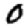
Digit: 0